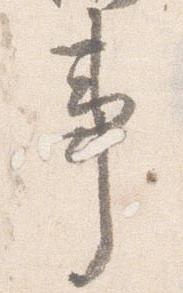
事